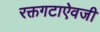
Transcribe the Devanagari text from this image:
रक्तगटाऐवजी